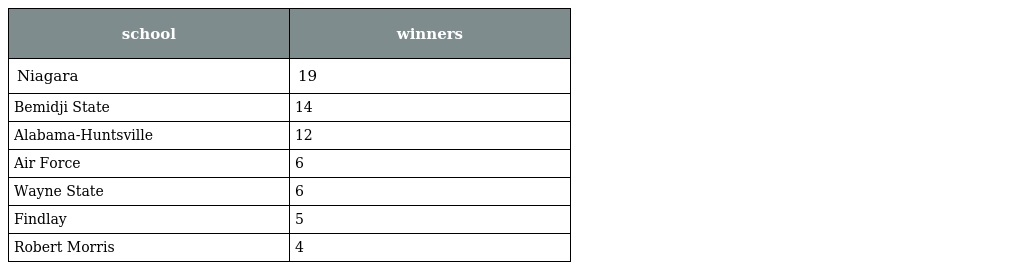
| school | winners |
 | --- | --- |
 | Niagara | 19 |
 | Bemidji State | 14 |
 | Alabama-Huntsville | 12 |
 | Air Force | 6 |
 | Wayne State | 6 |
 | Findlay | 5 |
 | Robert Morris | 4 |